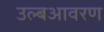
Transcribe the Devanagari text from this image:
उल्बआवरण